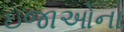
ઇજાઓના